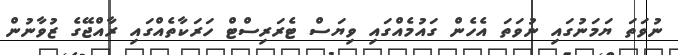
ނުވަތަ ޔަމަނުގައި ނުވަތަ އެހެން ގައުމެއްގައި ވިޔަސް ޓެރަރިސްޓް ހަރަކާތެއްގައި ރާއްޖޭގެ ޒުވާނުން